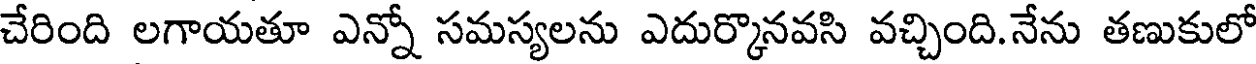
చేరింది లగాయతూ ఎన్నో సమస్యలను ఎదుర్కొనవసి వచ్చింది.నేను తణుకులో